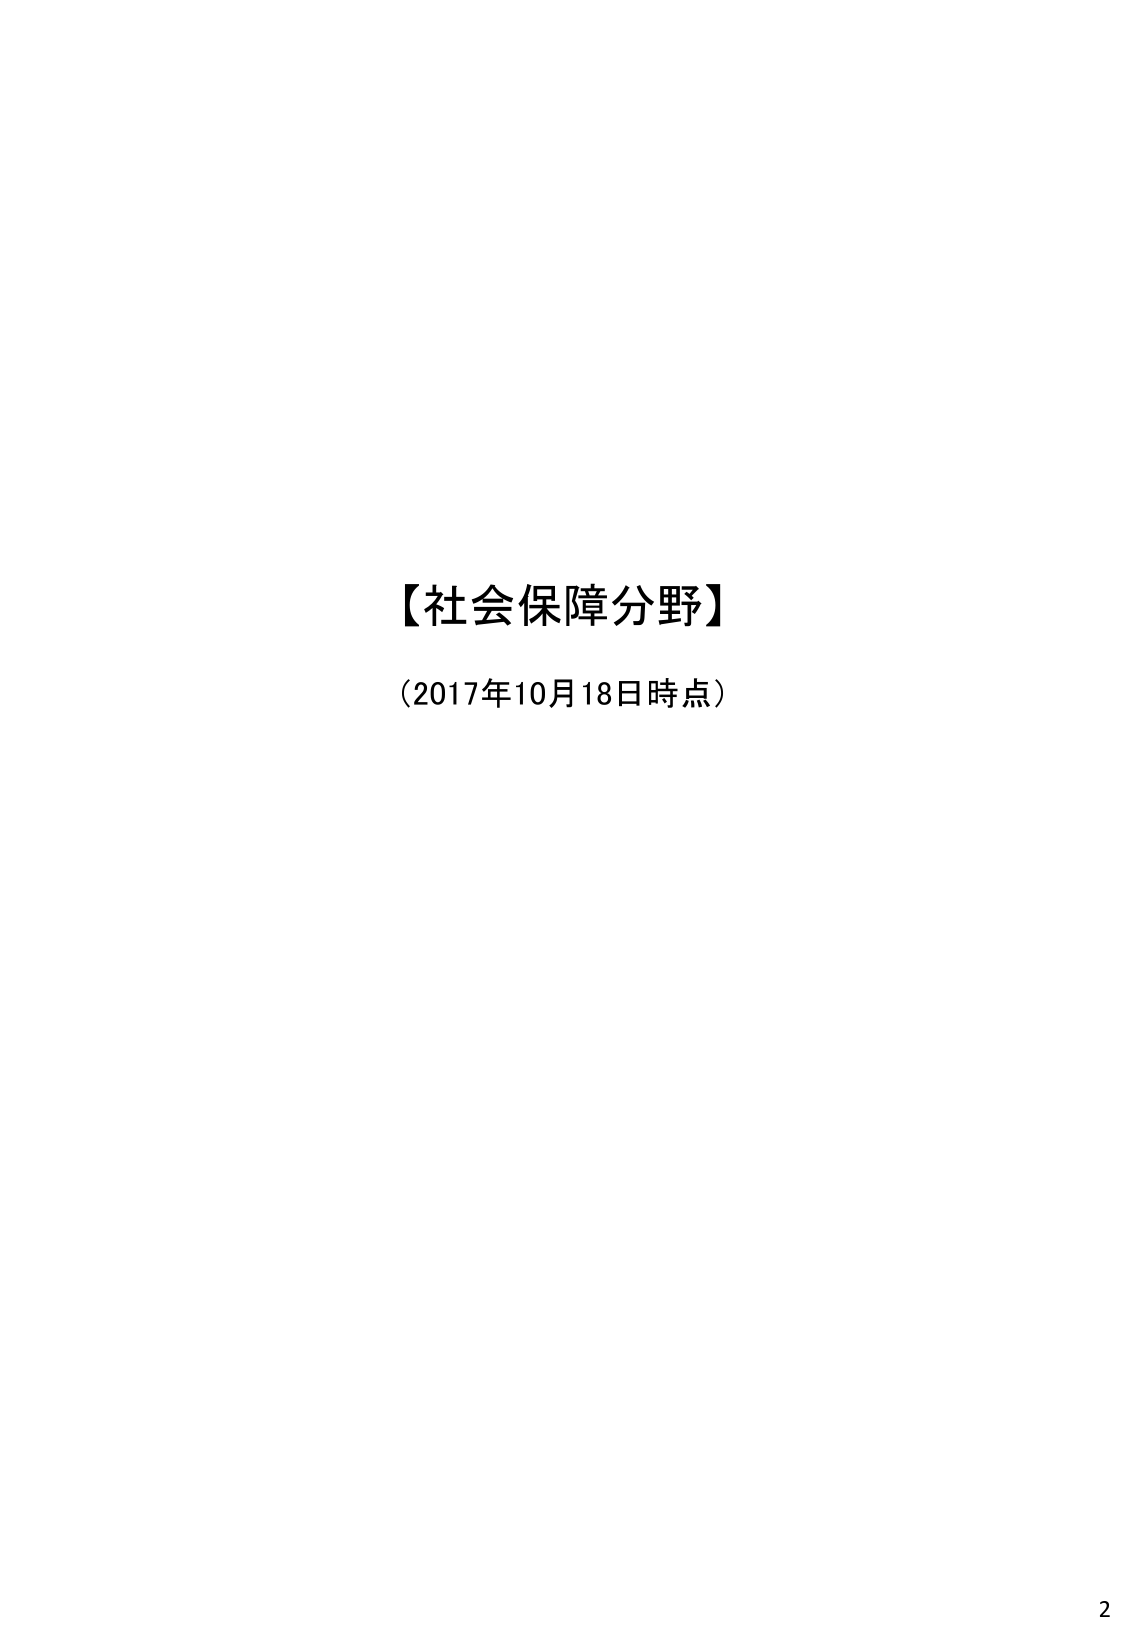
【社会保障分野】
（2017年10月18日時点）
2